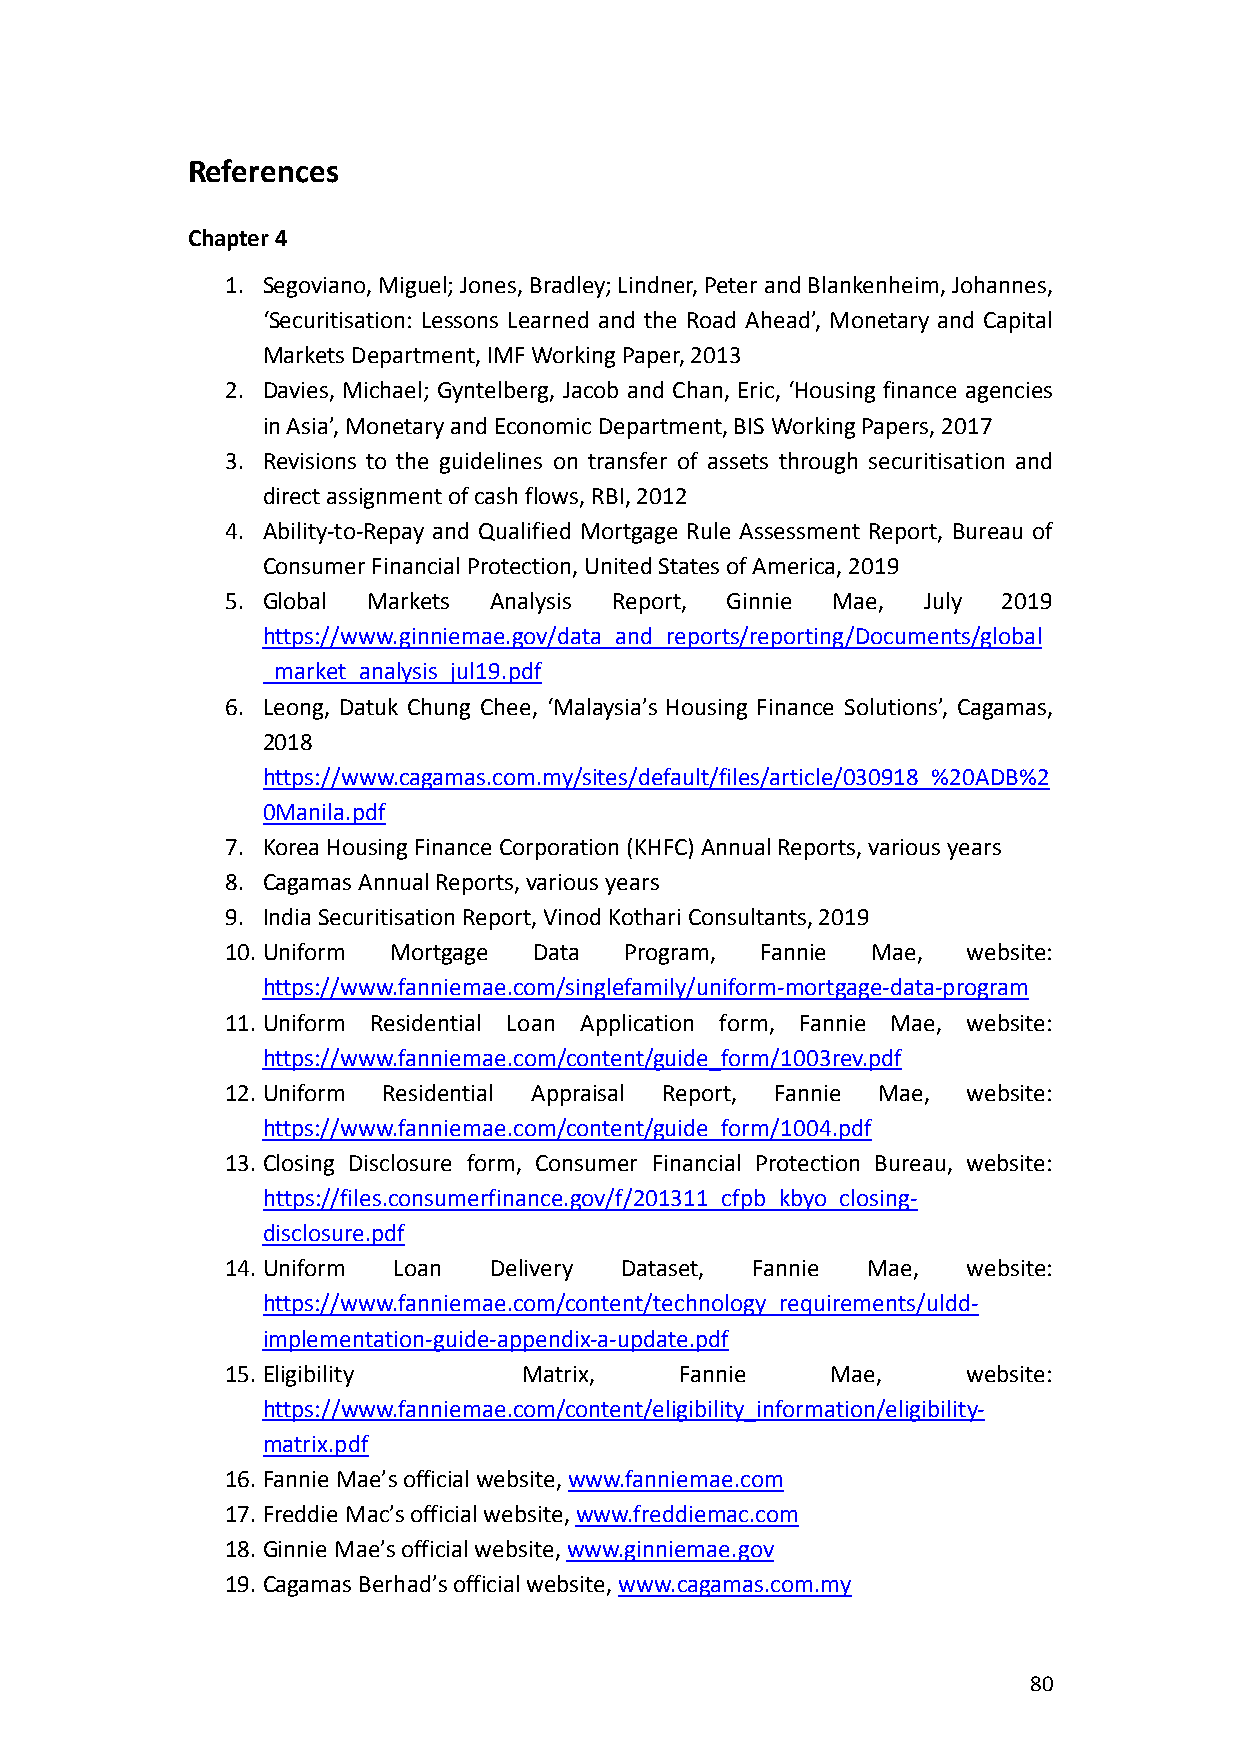
References
 Chapter 4
 1. Segoviano, Miguel; Jones, Bradley; Lindner, Peter and Blankenheim, Johannes,
 ‘Securitisation: Lessons Learned and the Road Ahead’, Monetary and Capital
 Markets Department, IMF Working Paper, 2013
 2. Davies, Michael; Gyntelberg, Jacob and Chan, Eric, ‘Housing finance agencies
 in Asia’, Monetary and Economic Department, BIS Working Papers, 2017
 3. Revisions to the guidelines on transfer of assets through securitisation and
 direct assignment of cash flows, RBI, 2012
 4. Ability-to-Repay and Qualified Mortgage Rule Assessment Report, Bureau of
 Consumer Financial Protection, United States of America, 2019
 5. Global Markets Analysis Report, Ginnie Mae, July 2019
 https://www.ginniemae.gov/data_and_reports/reporting/Documents/global
 _market_analysis_jul19.pdf
 6. Leong, Datuk Chung Chee, ‘Malaysia’s Housing Finance Solutions’, Cagamas,
 2018
 https://www.cagamas.com.my/sites/default/files/article/030918_%20ADB%2
 0Manila.pdf
 7. Korea Housing Finance Corporation (KHFC) Annual Reports, various years
 8. Cagamas Annual Reports, various years
 9. India Securitisation Report, Vinod Kothari Consultants, 2019
 10. Uniform Mortgage Data Program, Fannie  Mae,  website:
 https://www.fanniemae.com/singlefamily/uniform-mortgage-data-program
 11. Uniform Residential Loan Application form, Fannie Mae, website:
 https://www.fanniemae.com/content/guide_form/1003rev.pdf
 12. Uniform Residential Appraisal Report, Fannie Mae, website:
 https://www.fanniemae.com/content/guide_form/1004.pdf
 13. Closing Disclosure form, Consumer Financial Protection Bureau, website:
 https://files.consumerfinance.gov/f/201311_cfpb_kbyo_closing-
 disclosure.pdf
 14. Uniform Loan Delivery Dataset, Fannie Mae,   website:
 https://www.fanniemae.com/content/technology_requirements/uldd-
 implementation-guide-appendix-a-update.pdf
 15. Eligibility     Matrix,   Fannie    Mae,     website:
 https://www.fanniemae.com/content/eligibility_information/eligibility-
 matrix.pdf
 16. Fannie Mae’s official website, www.fanniemae.com
 17. Freddie Mac’s official website, www.freddiemac.com
 18. Ginnie Mae’s official website, www.ginniemae.gov
 19. Cagamas Berhad’s official website, www.cagamas.com.my
 80